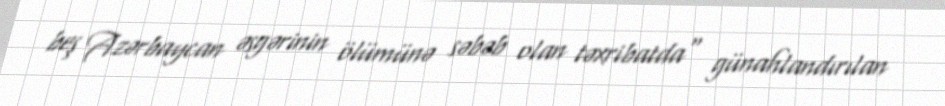
beş Azərbaycan əsgərinin ölümünə səbəb olan təxribatda" günahlandırılan